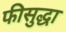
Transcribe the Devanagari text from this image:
फीसुद्धा